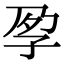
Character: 𡥗